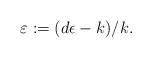
LaTeX: \begin{align*}\varepsilon:= (d\epsilon -k)/k.\end{align*}